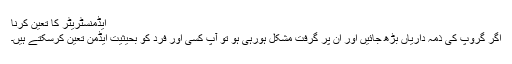
ایڈمنسٹریٹر کا تعین کرنا
اگر گروپ کی ذمہ داریاں بڑھ جائیں اور ان پر گرفت مشکل ہورہی ہو تو آپ کسی اور فرد کو بحیثیت ایڈمن تعین کرسکتے ہیں۔